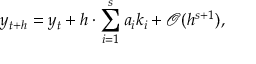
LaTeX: y _ { t + h } = y _ { t } + h \cdot \sum _ { i = 1 } ^ { s } a _ { i } k _ { i } + { \mathcal { O } } ( h ^ { s + 1 } ) ,